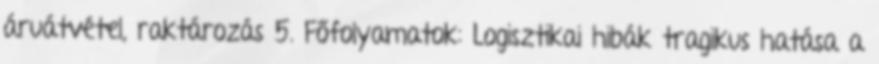
áruátvétel, raktározás 5. Főfolyamatok: Logisztikai hibák tragikus hatása a